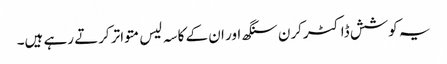
یہ کوشش ڈاکٹرکرن سنگھ اور ان کے کاسہ لیس متواتر کرتے رہے ہیں۔